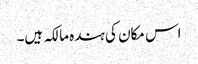
اس مکان کی ہندہ مالکہ ہیں۔